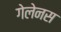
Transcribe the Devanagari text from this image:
गेलेनस